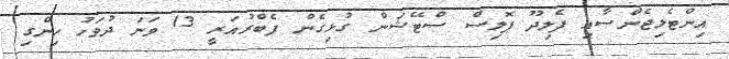
އިންޓެލިޖެންސާއި ފެލިދޫ ޕޮލިސް ސްޓޭޝަން ގުޅިގެން ފެބްރުއަރީ 13 ވަނަ ދުވަހު ހިންގި